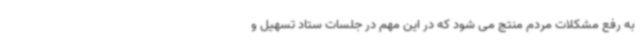
به رفع مشکلات مردم منتج می شود که در این مهم در جلسات ستاد تسهیل و